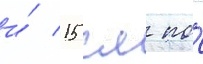
и́ 15 см по́